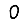
Digit: 0